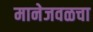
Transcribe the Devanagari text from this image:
मानेजवळचा